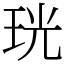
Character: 珖